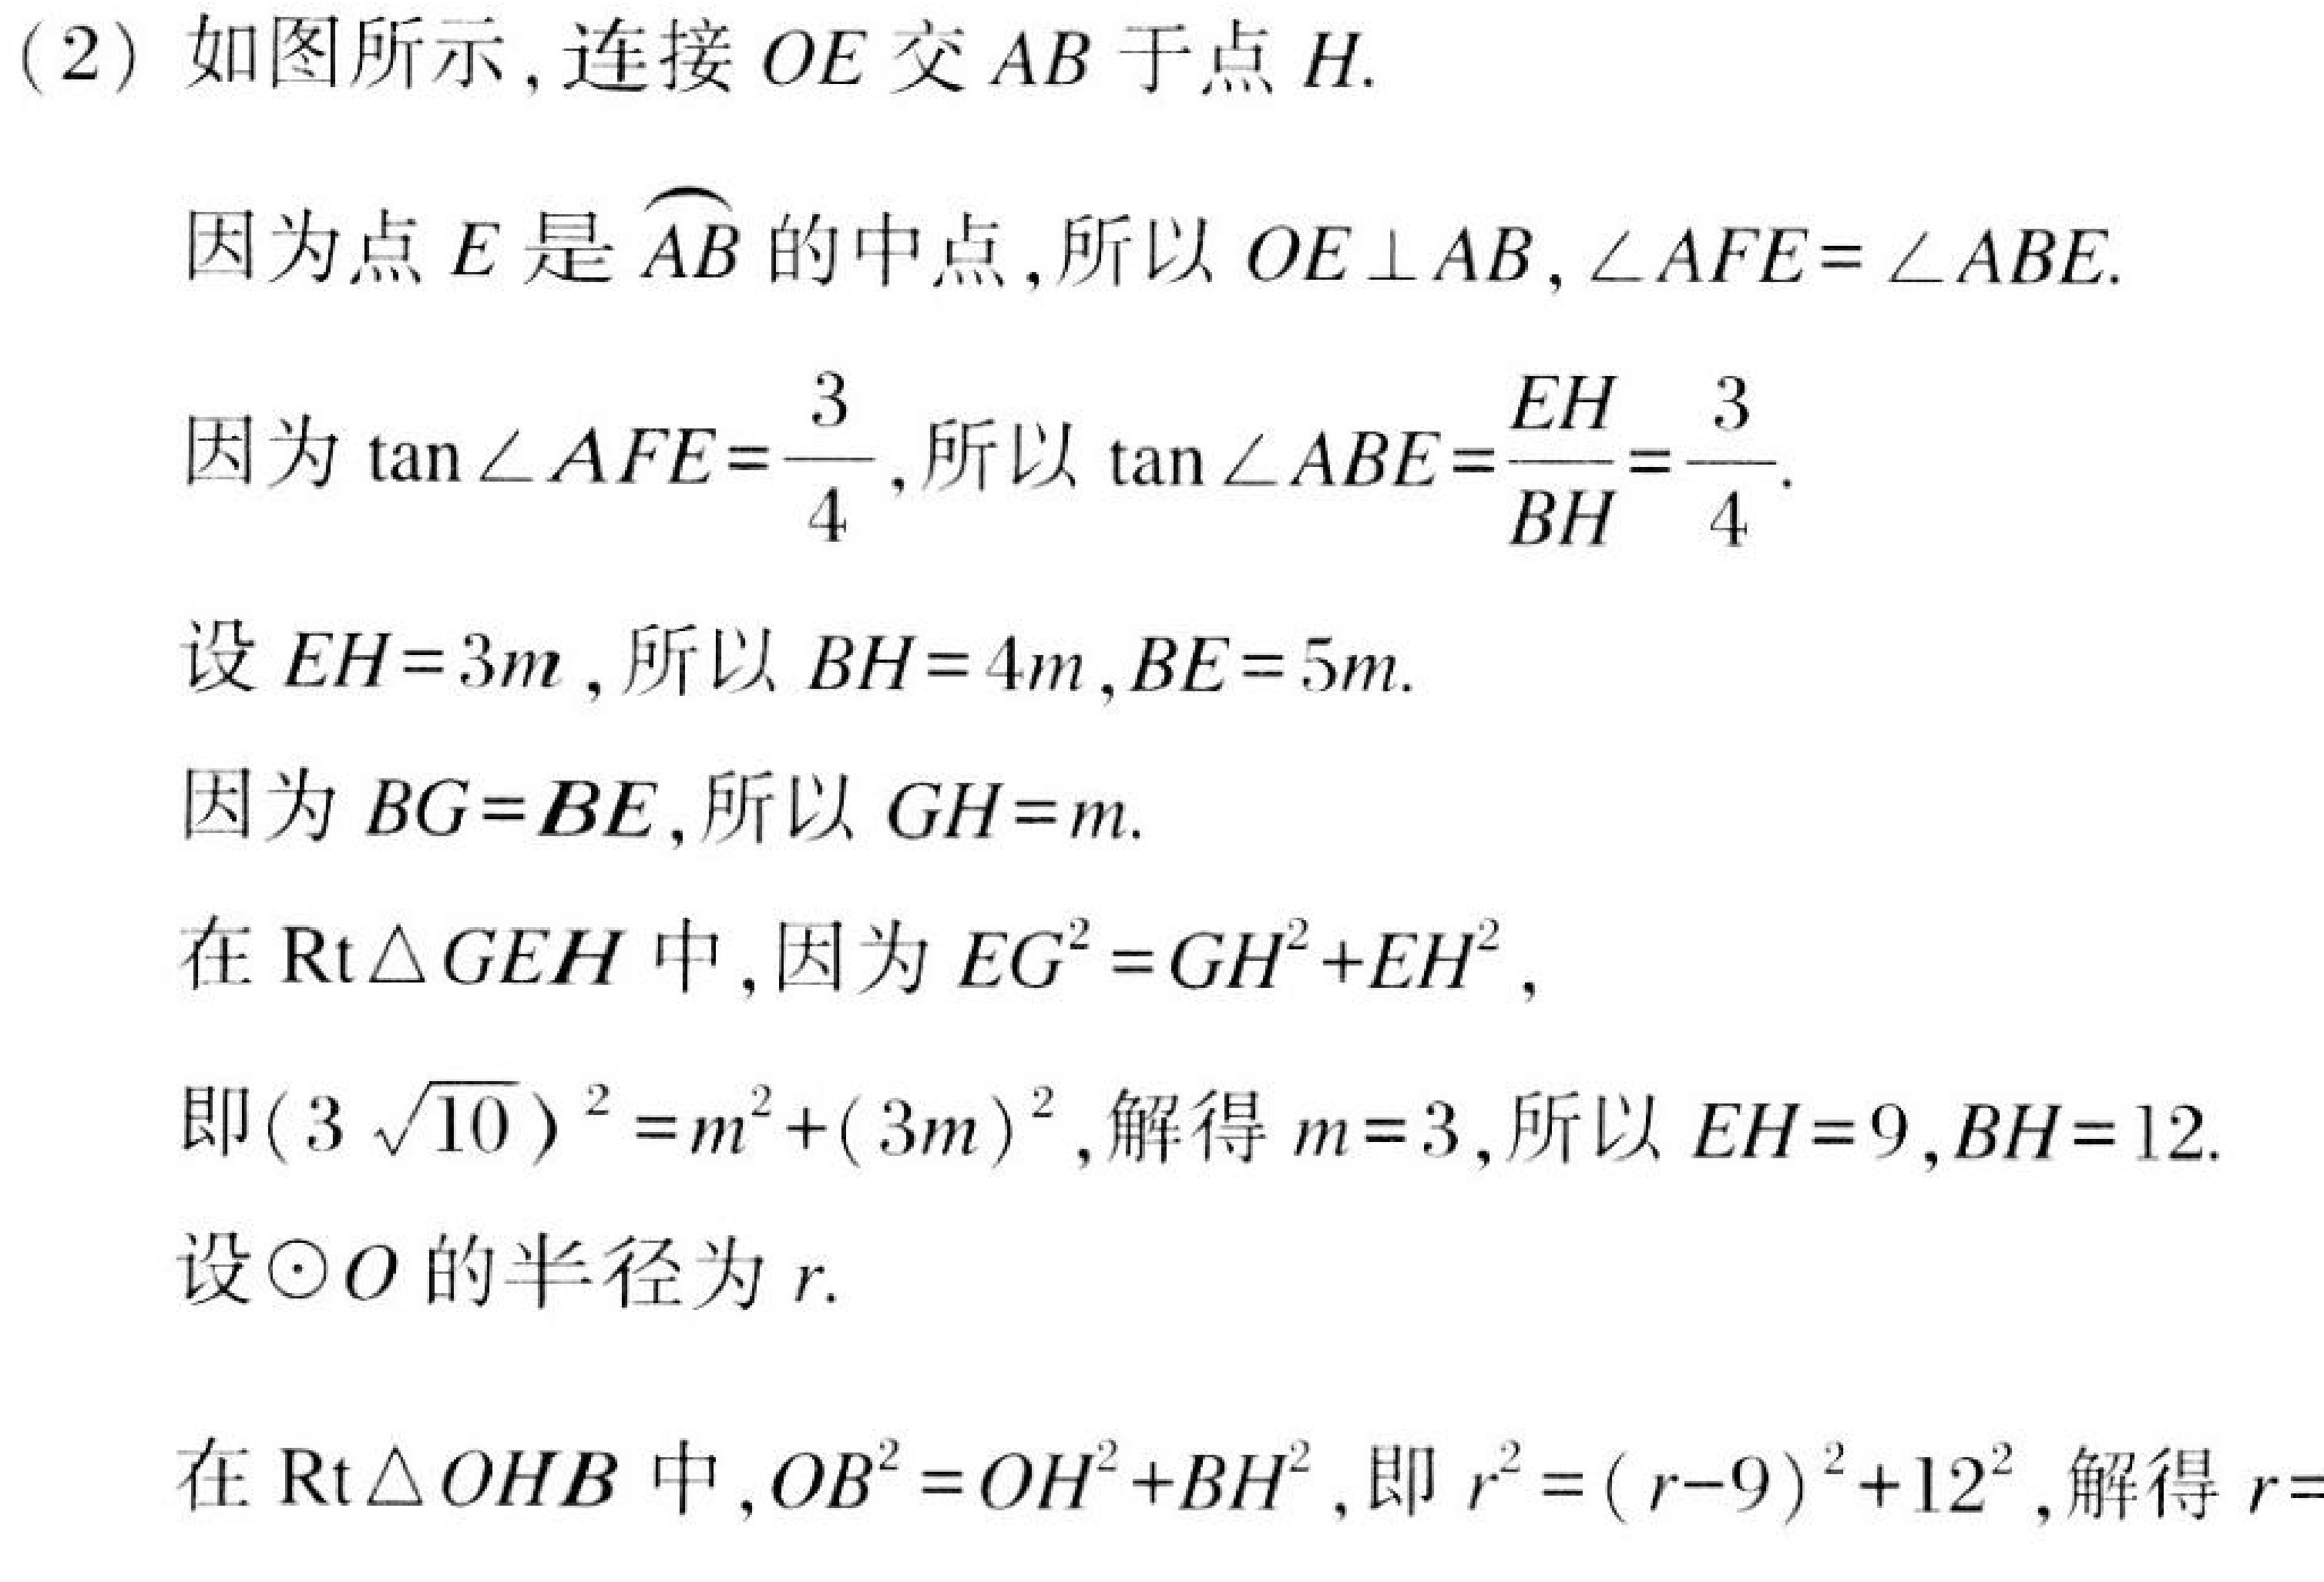
(2) 如图所示, 连接 \(OE\) 交 \(AB\) 于点 \(H\).
因为点 \(E\) 是 \(\overset{\frown}{AB}\) 的中点, 所以 \(OE\perp AB\), \(\angle AFE = \angle ABE\).
因为 \(\tan\angle AFE=\frac{3}{4}\), 所以 \(\tan\angle ABE=\frac{EH}{BH}=\frac{3}{4}\).
设 \(EH = 3m\), 所以 \(BH = 4m\), \(BE = 5m\).
因为 \(BG = BE\), 所以 \(GH = m\).
在 \(\text{Rt}\triangle GEH\) 中, 因为 \(EG^{2}=GH^{2}+EH^{2}\),
即 \((3\sqrt{10})^{2}=m^{2}+(3m)^{2}\), 解得 \(m = 3\), 所以 \(EH = 9\), \(BH = 12\).
设 \(\odot O\) 的半径为 \(r\).
在 \(\text{Rt}\triangle OHB\) 中, \(OB^{2}=OH^{2}+BH^{2}\), 即 \(r^{2}=(r - 9)^{2}+12^{2}\), 解得 \(r=\)